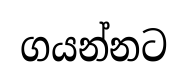
ගයන්නට